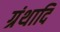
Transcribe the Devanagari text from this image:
ग्रंथादि